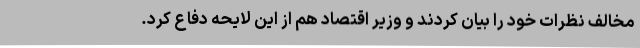
مخالف نظرات خود را بیان کردند و وزیر اقتصاد هم از این لایحه دفاع کرد.